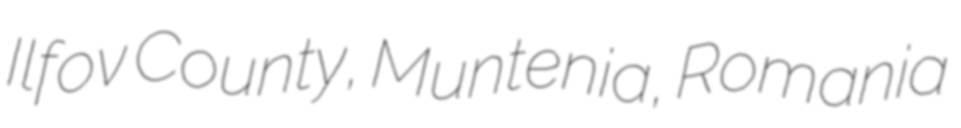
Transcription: Ilfov County, Muntenia, Romania